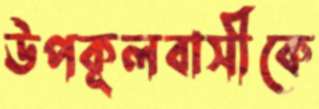
উপকূলবাসীকে